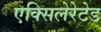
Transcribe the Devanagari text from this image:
एक्सिलेरेटेड